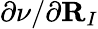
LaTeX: \partial\nu/\partial{\mathbf R}_{I}